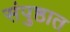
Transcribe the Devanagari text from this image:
संपुष्ठात